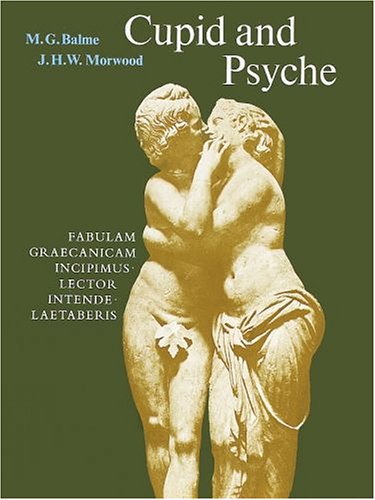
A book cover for Cupid and Psyche: An Adaptation from The Golden Ass of Apuleius (Latin Edition); Apuleius; Literature & Fiction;